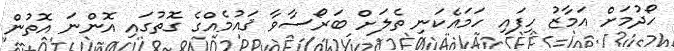
ހޯދުމަށް އަމާޒު ހިފައި ހަމައެކަނި ތެލަށް ބަރޯސާވާ ޤައުމެއްގެ ގޮތުގައި އޮންނަ އޮތުން